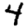
Digit: 4